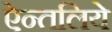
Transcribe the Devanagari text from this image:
ऐन्तलिये